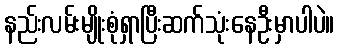
နည်းလမ်းမျိုးစုံရှာပြီးဆက်သုံးနေဦးမှာပါပဲ။